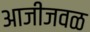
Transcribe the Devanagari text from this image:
आजीजवळ